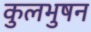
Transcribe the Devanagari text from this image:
कुलभुषन